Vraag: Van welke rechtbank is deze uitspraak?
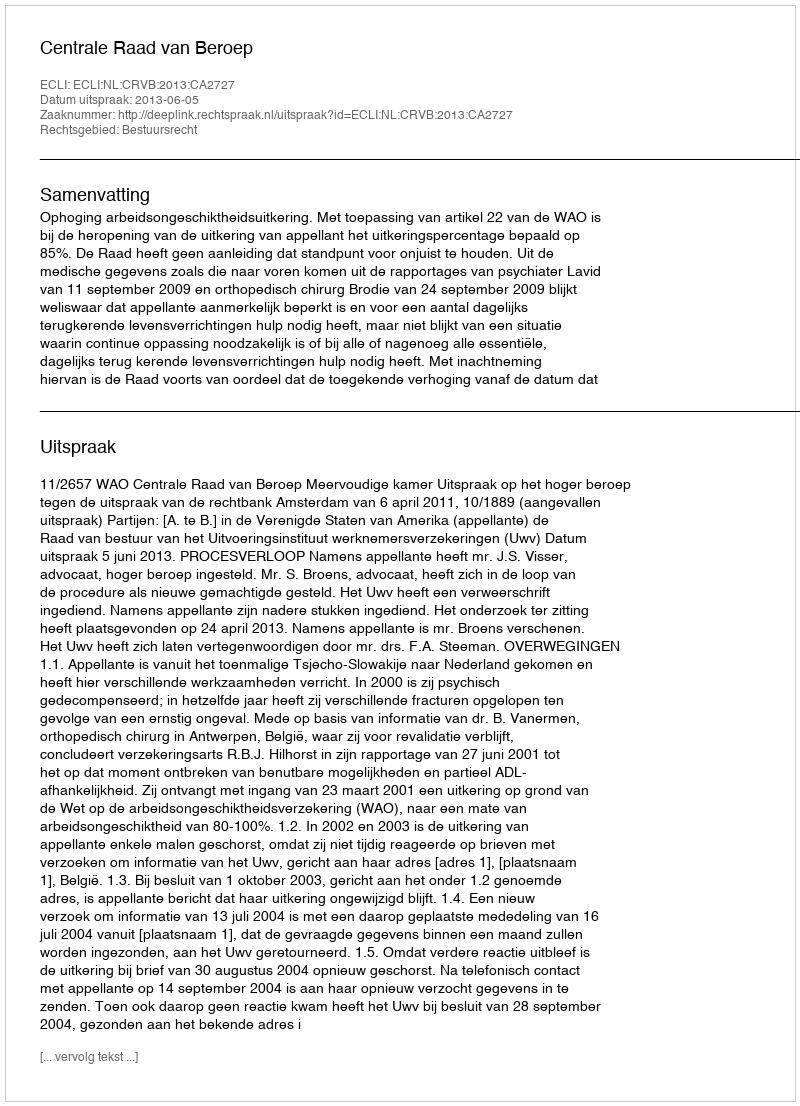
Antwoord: Centrale Raad van Beroep